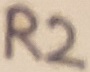
Text: R2